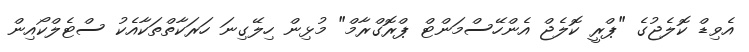
އެވިޑް ކޮލެޖުގެ "ޕްރީ ކޮލެޖް އެންހޭސްމަންޓް ޕްރޮގްރާމް" މުޅިން ހިލޭގިނަ ހަރަކާތްތަކާއެކު ސްޓެލްކޯއިން